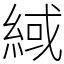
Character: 緎